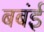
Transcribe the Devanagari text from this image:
बबंई